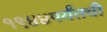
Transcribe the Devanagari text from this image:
१९४४पर्यंतची